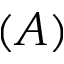
( A )